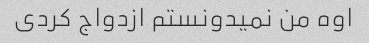
اوه من نمیدونستم ازدواج کردی